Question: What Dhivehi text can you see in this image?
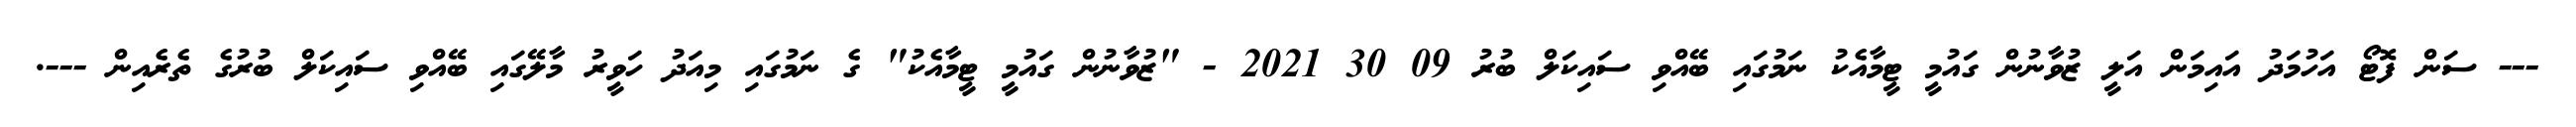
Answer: --- ސަން ފޮޓޯ އަހުމަދު އައިމަން އަލީ ޒުވާނުން ގައުމީ ޓީމާއެކު ނަމުގައި ބޭއްވި ސައިކަލް ބުރު 09 30 2021 - "ޒުވާނުން ގައުމީ ޓީމާއެކު" ގެ ނަމުގައި މިއަދު ހަވީރު މާލޭގައި ބޭއްވި ސައިކަލް ބުރުގެ ތެރެއިން ---.